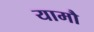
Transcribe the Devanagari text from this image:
यामौ